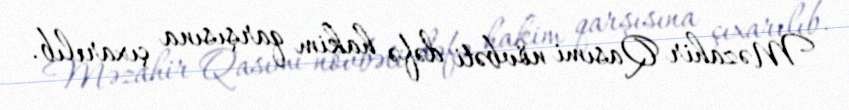
Məzahir Qasımi növbəti dəfə hakim qarşısına çıxarılıb.